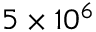
5 \times 1 0 ^ { 6 }